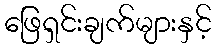
ဖြေရှင်းချက်များနှင့်